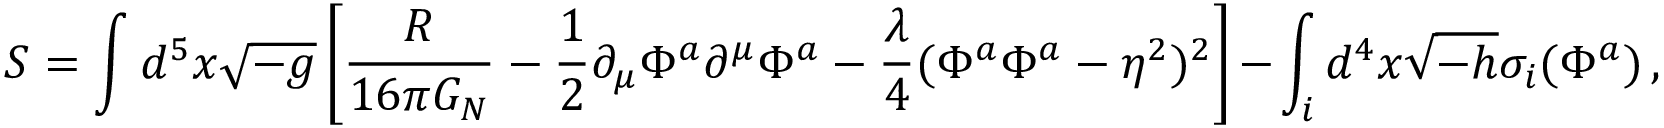
{ \cal S } = \int d ^ { 5 } x \sqrt { - g } \left[ { \frac { \cal R } { 1 6 \pi G _ { N } } } - { \frac { 1 } { 2 } } \partial _ { \mu } \Phi ^ { a } \partial ^ { \mu } \Phi ^ { a } - { \frac { \lambda } { 4 } } ( \Phi ^ { a } \Phi ^ { a } - \eta ^ { 2 } ) ^ { 2 } \right] - \int _ { i } d ^ { 4 } x \sqrt { - h } \sigma _ { i } ( \Phi ^ { a } ) \, ,